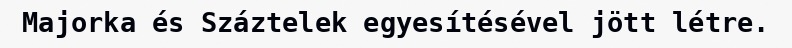
Majorka és Száztelek egyesítésével jött létre.